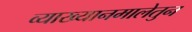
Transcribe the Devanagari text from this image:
व्याख्यानमालेतुन